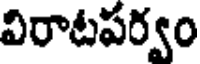
విరాటపర్వం